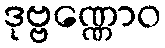
ဒုဗ္ဗဏ္ဏောဝ